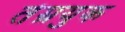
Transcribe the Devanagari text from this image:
तेम्रयुक